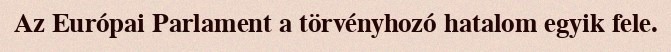
Az Európai Parlament a törvényhozó hatalom egyik fele.